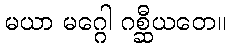
မယာ မဂ္ဂေါ ဂစ္ဆီယတေ။